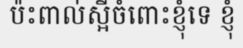
ប៉ះពាល់ស្អីចំពោះខ្ញុំទេ ខ្ញុំ